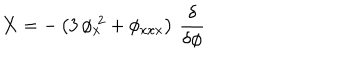
LaTeX: { \bf X } = - \left( 3 \, \phi _ { x } ^ { \; 2 } + \phi _ { x x x } \right) \, \frac { \delta } { \delta \phi }